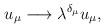
\begin{align*}u_{\mu }\longrightarrow \lambda ^{\delta _{\mu }}u_{\mu },\end{align*}